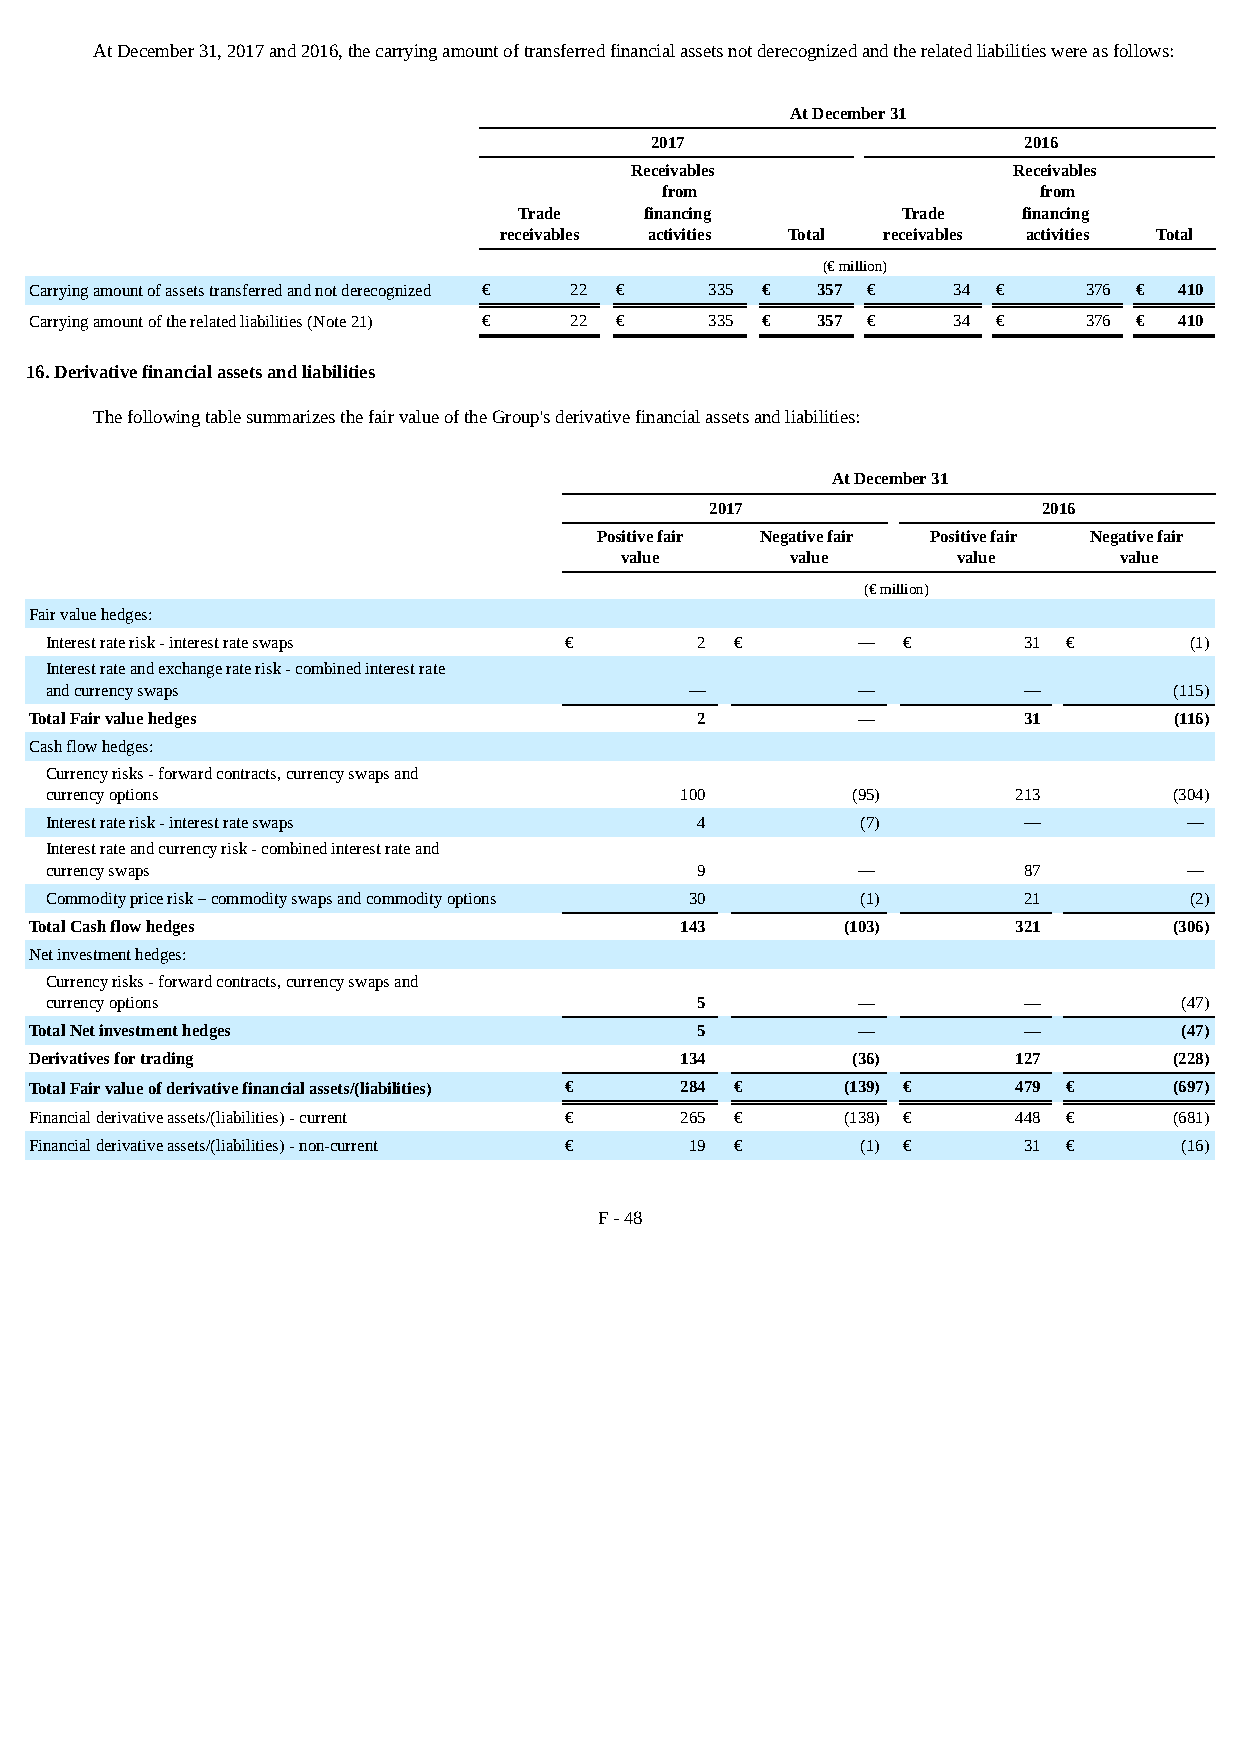
At December 31, 2017 and 2016, the carrying amount of transferred financial assets not derecognized and the related liabilities were as follows:
 At December 31
 2017                     2016
 Receivables              Receivables
 from                     from
 Trade    financing        Trade   financing
 receivables activities Total receivables activities Total
 (€ million)
 Carrying amount of assets transferred and not derecognized € 22 € 335 € 357 € 34 € 376 € 410
 Carrying amount of the related liabilities (Note 21) € 22 € 335 € 357 € 34 € 376 € 410
 16. Derivative financial assets and liabilities
 The following table summarizes the fair value of the Group's derivative financial assets and liabilities:
 At December 31
 2017                  2016
 Positive fair Negative fair Positive fair Negative fair
 value      value      value      value
 (€ million)
 Fair value hedges:
 Interest rate risk - interest rate swaps € 2  €       —  €       31 €       (1)
 Interest rate and exchange rate risk - combined interest rate
 and currency swaps                         —          —          —         (115)
 Total Fair value hedges                     2          —          31        (116)
 Cash flow hedges:
 Currency risks - forward contracts, currency swaps and
 currency options                          100        (95)       213        (304)
 Interest rate risk - interest rate swaps   4          (7)        —          —
 Interest rate and currency risk - combined interest rate and
 currency swaps                             9          —          87         —
 Commodity price risk – commodity swaps and commodity options 30 (1) 21      (2)
 Total Cash flow hedges                     143        (103)      321        (306)
 Net investment hedges:
 Currency risks - forward contracts, currency swaps and
 currency options                           5          —          —         (47)
 Total Net investment hedges                 5          —          —         (47)
 Derivatives for trading                    134        (36)       127        (228)
 Total Fair value of derivative financial assets/(liabilities) € 284 € (139) € 479 € (697)
 Financial derivative assets/(liabilities) - current € 265 € (138) € 448 €   (681)
 Financial derivative assets/(liabilities) - non-current € 19 € (1) € 31 €   (16)
 F - 48